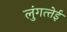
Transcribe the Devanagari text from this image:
लुंगत्‍तेई